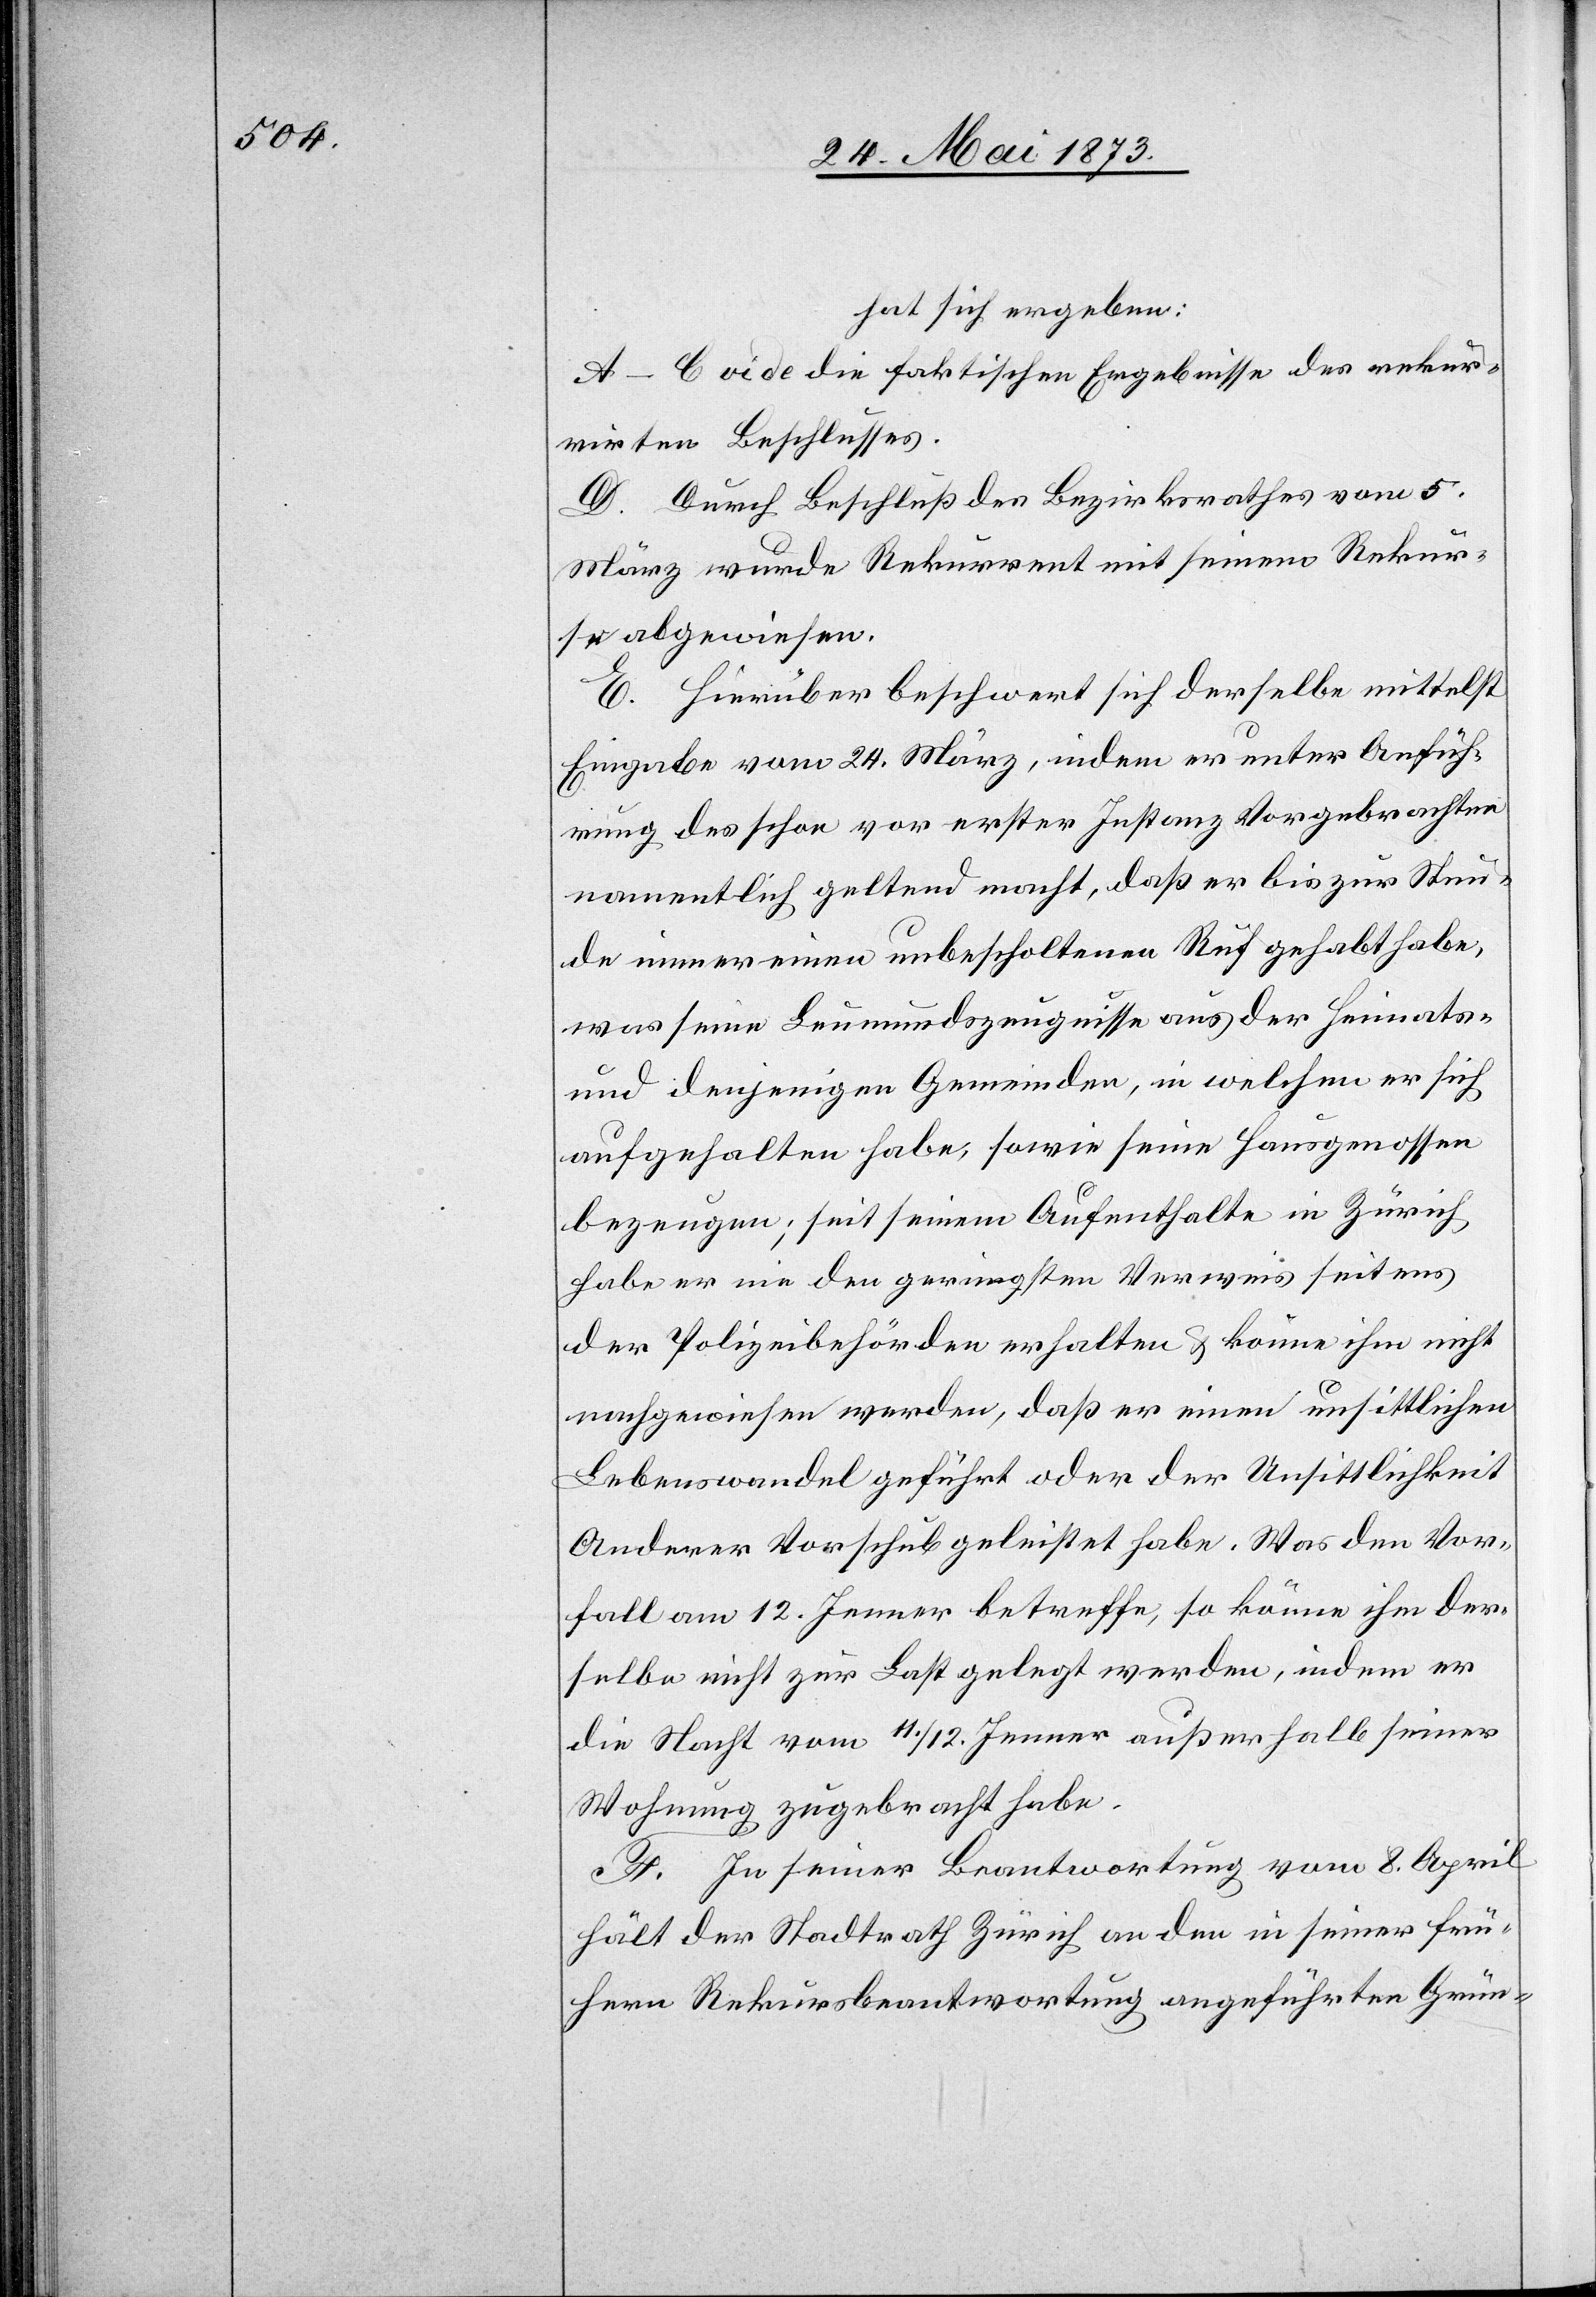
hat sich ergeben:
A–C vide die faktischen Ergebnisse des rekur¬
rirten Beschlusses.
D. Durch Beschluß des Bezirksrathes vom 5.
März wurde Rekurrent mit seinem Rekur¬
se abgewiesen.
E. Hierüber beschwert sich derselbe mittelst
Eingabe vom 24. März, indem er unter Anfüh¬
rung des schon vor erster Instanz Vorgebrachten
namentlich geltend macht, daß er bis zur Stun¬
de immer einen unbescholtenen Ruf gehabt habe,
was seine Leumundszeugnisse aus der Heimats-
und denjenigen Gemeinden, in welchen er sich
aufgehalten habe, sowie seine Hausgenossen
bezeugen; seit seinem Aufenthalte in Zürich
habe er nie den geringsten Verweis seitens
der Polizeibehörden erhalten & könne ihm nicht
nachgewiesen werden, daß er einen unsittlichen
Lebenswandel geführt oder der Unsittlichkeit
Anderer Vorschub geleistet habe. Was den Vor¬
fall am 12. Jenner betreffe, so könne ihm der¬
selbe nicht zur Last gelegt werden, indem er
die Nacht vom 11./12. Jenner außerhalb seiner
Wohnung zugebracht habe.
F. In seiner Beantwortung vom 8. April
hält der Stadtrath Zürich an den in seiner frü¬
hern Rekursbeantwortung angeführten Grün-